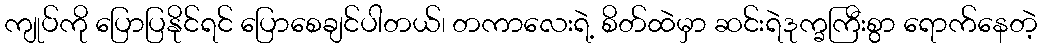
ကျုပ်ကို ပြောပြနိုင်ရင် ပြောစေချင်ပါတယ်၊ တကာလေးရဲ့ စိတ်ထဲမှာ ဆင်းရဲဒုက္ခကြီးစွာ ရောက်နေတဲ့